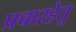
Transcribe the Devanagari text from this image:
प्रचारहेतु